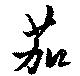
茄